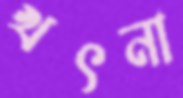
খৎনা